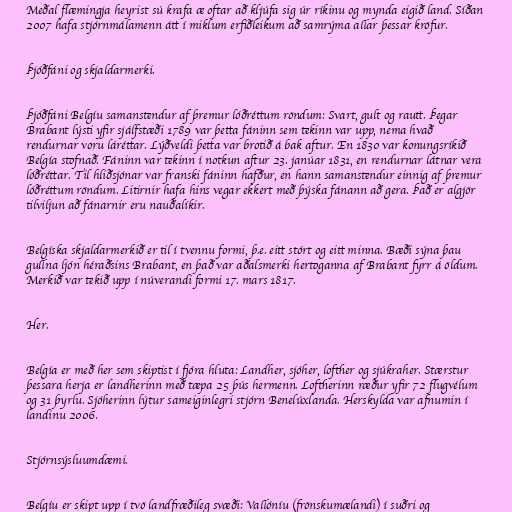
Meðal flæmingja heyrist sú krafa æ oftar að kljúfa sig úr ríkinu og mynda eigið land. Síðan
2007 hafa stjórnmálamenn átt í miklum erfiðleikum að samrýma allar þessar kröfur.

Þjóðfáni og skjaldarmerki.

Þjóðfáni Belgíu samanstendur af þremur lóðréttum röndum: Svart, gult og rautt. Þegar
Brabant lýsti yfir sjálfstæði 1789 var þetta fáninn sem tekinn var upp, nema hvað
rendurnar voru láréttar. Lýðveldi þetta var brotið á bak aftur. En 1830 var konungsríkið
Belgía stofnað. Fáninn var tekinn í notkun aftur 23. janúar 1831, en rendurnar látnar vera
lóðréttar. Til hliðsjónar var franski fáninn hafður, en hann samanstendur einnig af þremur
lóðréttum röndum. Litirnir hafa hins vegar ekkert með þýska fánann að gera. Það er algjör
tilviljun að fánarnir eru nauðalíkir.

Belgíska skjaldarmerkið er til í tvennu formi, þ.e. eitt stórt og eitt minna. Bæði sýna þau
gullna ljón héraðsins Brabant, en það var aðalsmerki hertoganna af Brabant fyrr á öldum.
Merkið var tekið upp í núverandi formi 17. mars 1817.

Her.

Belgía er með her sem skiptist í fjóra hluta: Landher, sjóher, lofther og sjúkraher. Stærstur
þessara herja er landherinn með tæpa 25 þús hermenn. Loftherinn ræður yfir 72 flugvélum
og 31 þyrlu. Sjóherinn lýtur sameiginlegri stjórn Benelúxlanda. Herskylda var afnumin í
landinu 2006.

Stjórnsýsluumdæmi.

Belgíu er skipt upp í tvö landfræðileg svæði: Vallóníu (frönskumælandi) í suðri og